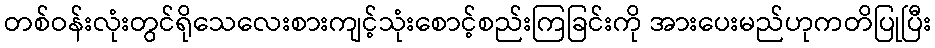
တစ်ဝန်းလုံးတွင်ရိုသေလေးစားကျင့်သုံးစောင့်စည်းကြခြင်းကို အားပေးမည်ဟုကတိပြုပြီး